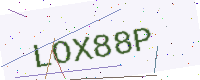
Text: LOX88P